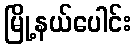
မြို့နယ်ပေါင်း